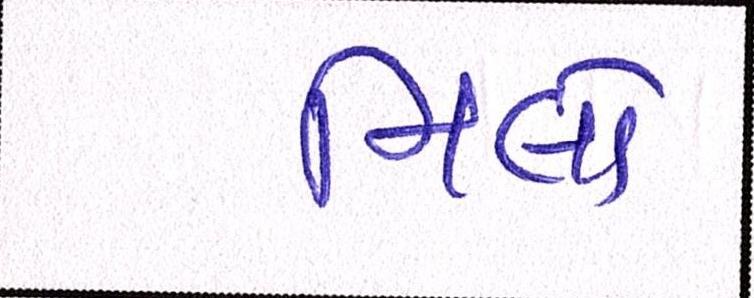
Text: મિલો